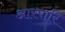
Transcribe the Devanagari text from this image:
आरपारि